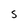
Character: S